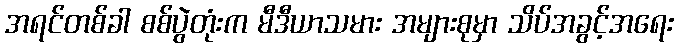
အရင်တစ်ခါ စစ်ပွဲတုံးက မီဒီယာသမား အများစုမှာ သိပ်အခွင့်အရေး